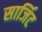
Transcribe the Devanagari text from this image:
सार्जिट